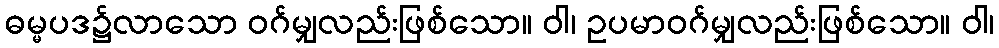
ဓမ္မပဒ၌လာသော ဝဂ်မျှလည်းဖြစ်သော။ ဝါ၊ ဥပမာဝဂ်မျှလည်းဖြစ်သော။ ဝါ၊